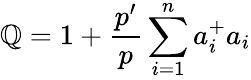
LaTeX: \mathbb{Q}=1+\frac{{p^{\prime}}}{{p}}\sum_{i=1}^{n}a_{i}^{+}a_{i}